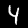
Label: 4